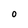
Character: 0